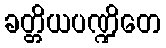
ခတ္တိယပဏ္ဍိတေ